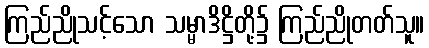
ကြည်ညိုသင့်သော သမ္မာဒိဋ္ဌိတို့၌ ကြည်ညိုတတ်သူ။